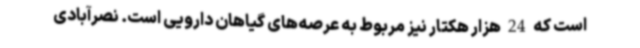
است که 24 هزار هکتار نیز مربوط به عرصه‌های گیاهان دارویی است. نصرآبادی